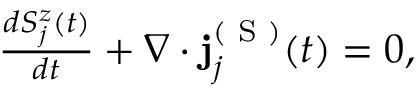
\begin{array} { r } { \frac { d S _ { j } ^ { z } ( t ) } { d t } + \nabla \cdot \mathbf { j } _ { j } ^ { ( \textrm { S } ) } ( t ) = 0 , } \end{array}